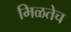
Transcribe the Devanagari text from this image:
मिळतेच